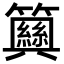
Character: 𥷞